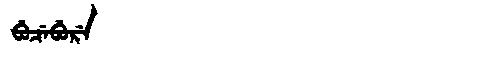
Manchu: ᠪᡠᠴᡝᠪᡠᡵᡝ
Romanization: BUCEBURE